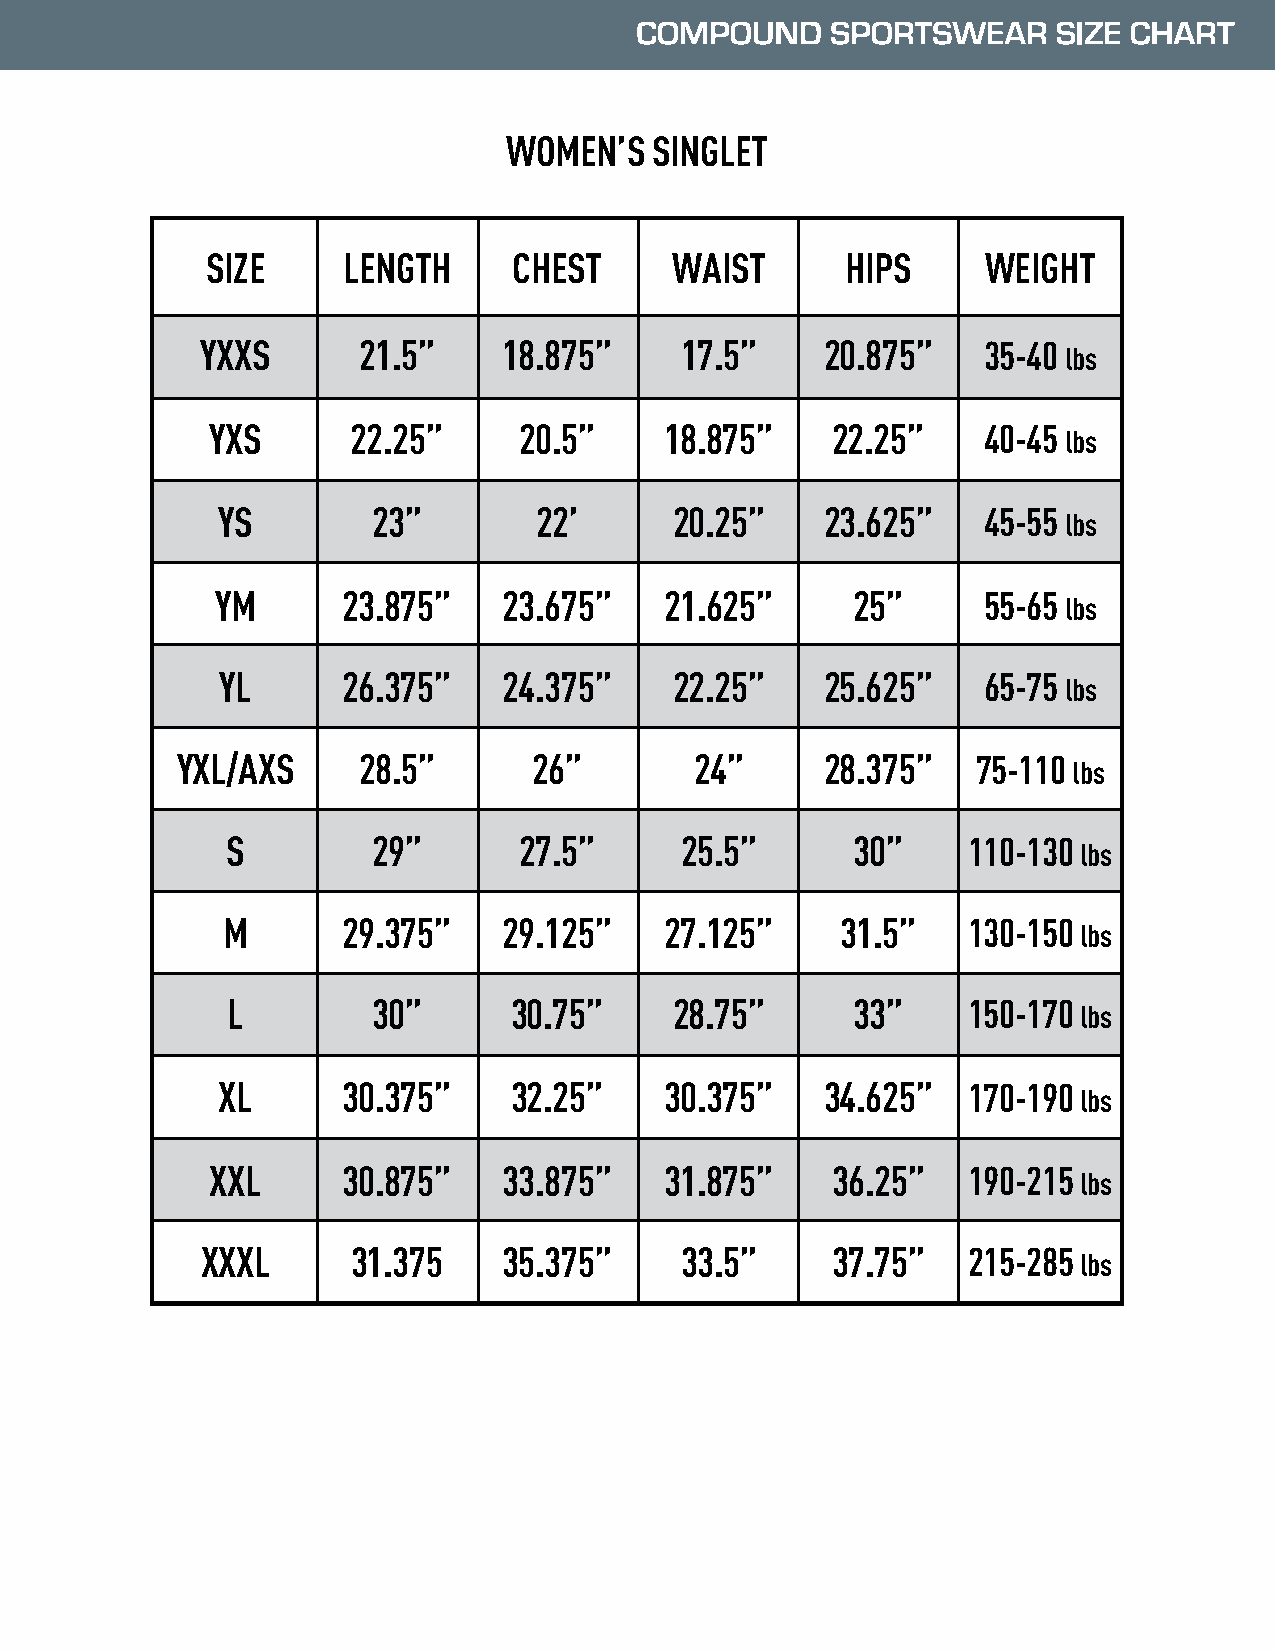
WOMEN’S   SINGLET
 SIZE     LENGTH     CHEST      WAIST      HIPS     WEIGHT
 YXXS       21.5”    18.875”     17.5”     20.875”   35-40
 lbs
 YXS      22.25”     20.5”     18.875”    22.25”    40-45
 lbs
 YS         23”       22’       20.25”    23.625”   45-55
 lbs
 YM       23.875”   23.675”    21.625”     25”      55-65
 lbs
 YL      26.375”   24.375”     22.25”    25.625”   65-75
 lbs
 YXL/AXS     28.5”      26”        24”      28.375”   75-110
 lbs
 S         29”      27.5”      25.5”      30”     110-130
 lbs
 M       29.375”   29.125”    27.125”     31.5”   130-150
 lbs
 L         30”      30.75”     28.75”     33”     150-170
 lbs
 XL       30.375”    32.25”    30.375”    34.625”  170-190
 lbs
 XXL      30.875”   33.875”    31.875”    36.25”   190-215
 lbs
 XXXL      31.375    35.375”     33.5”     37.75”   215-285
 lbs